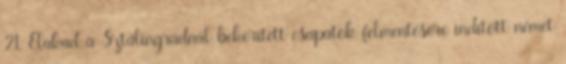
21. Elakad a Sztálingrádnál bekerített csapatok felmentésére indított német